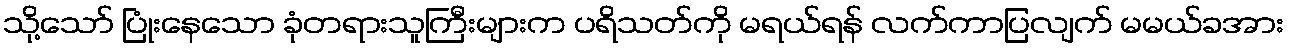
သို့သော် ပြုံးနေသော ခုံတရားသူကြီးများက ပရိသတ်ကို မရယ်ရန် လက်ကာပြလျက် မမယ်ခအား